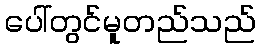
ပေါ်တွင်မူတည်သည်